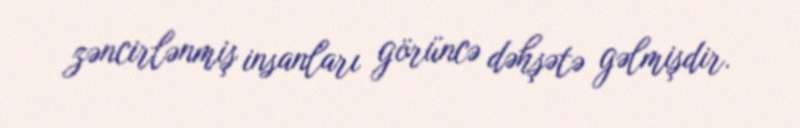
zəncirlənmiş insanları görüncə dəhşətə gəlmişdir.